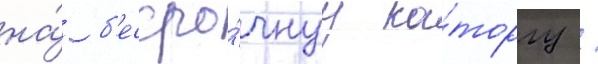
на́ б'ессро́чнуу ка́торгу /